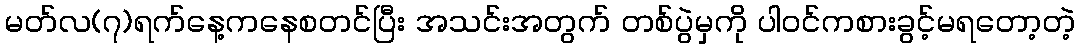
မတ်လ(၇)ရက်နေ့ကနေစတင်ပြီး အသင်းအတွက် တစ်ပွဲမှကို ပါဝင်ကစားခွင့်မရတော့တဲ့